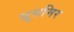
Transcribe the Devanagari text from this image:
सूसमिर